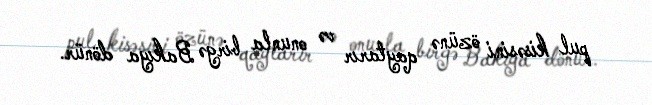
pul kisəsini özünə qaytarır və onunla birgə Bakıya dönür.